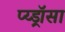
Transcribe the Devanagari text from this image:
प्य्ड्रॉसा